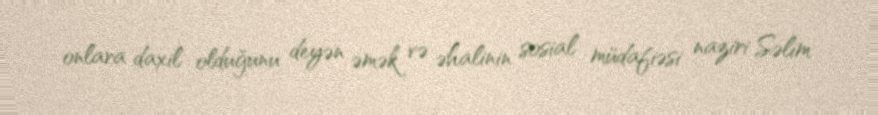
onlara daxil olduğunu deyən əmək və əhalinin sosial müdafiəsi naziri Səlim